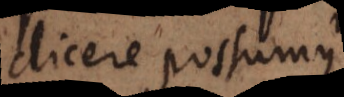
dicere possumus,